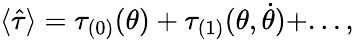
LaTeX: \langle\hat{\tau}\rangle=\tau_{(0)}(\theta)+\tau_{(1)}(\theta,\dot{\theta})+...,